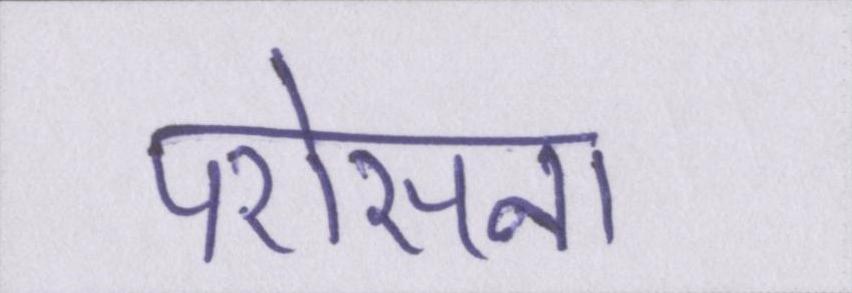
परोसना